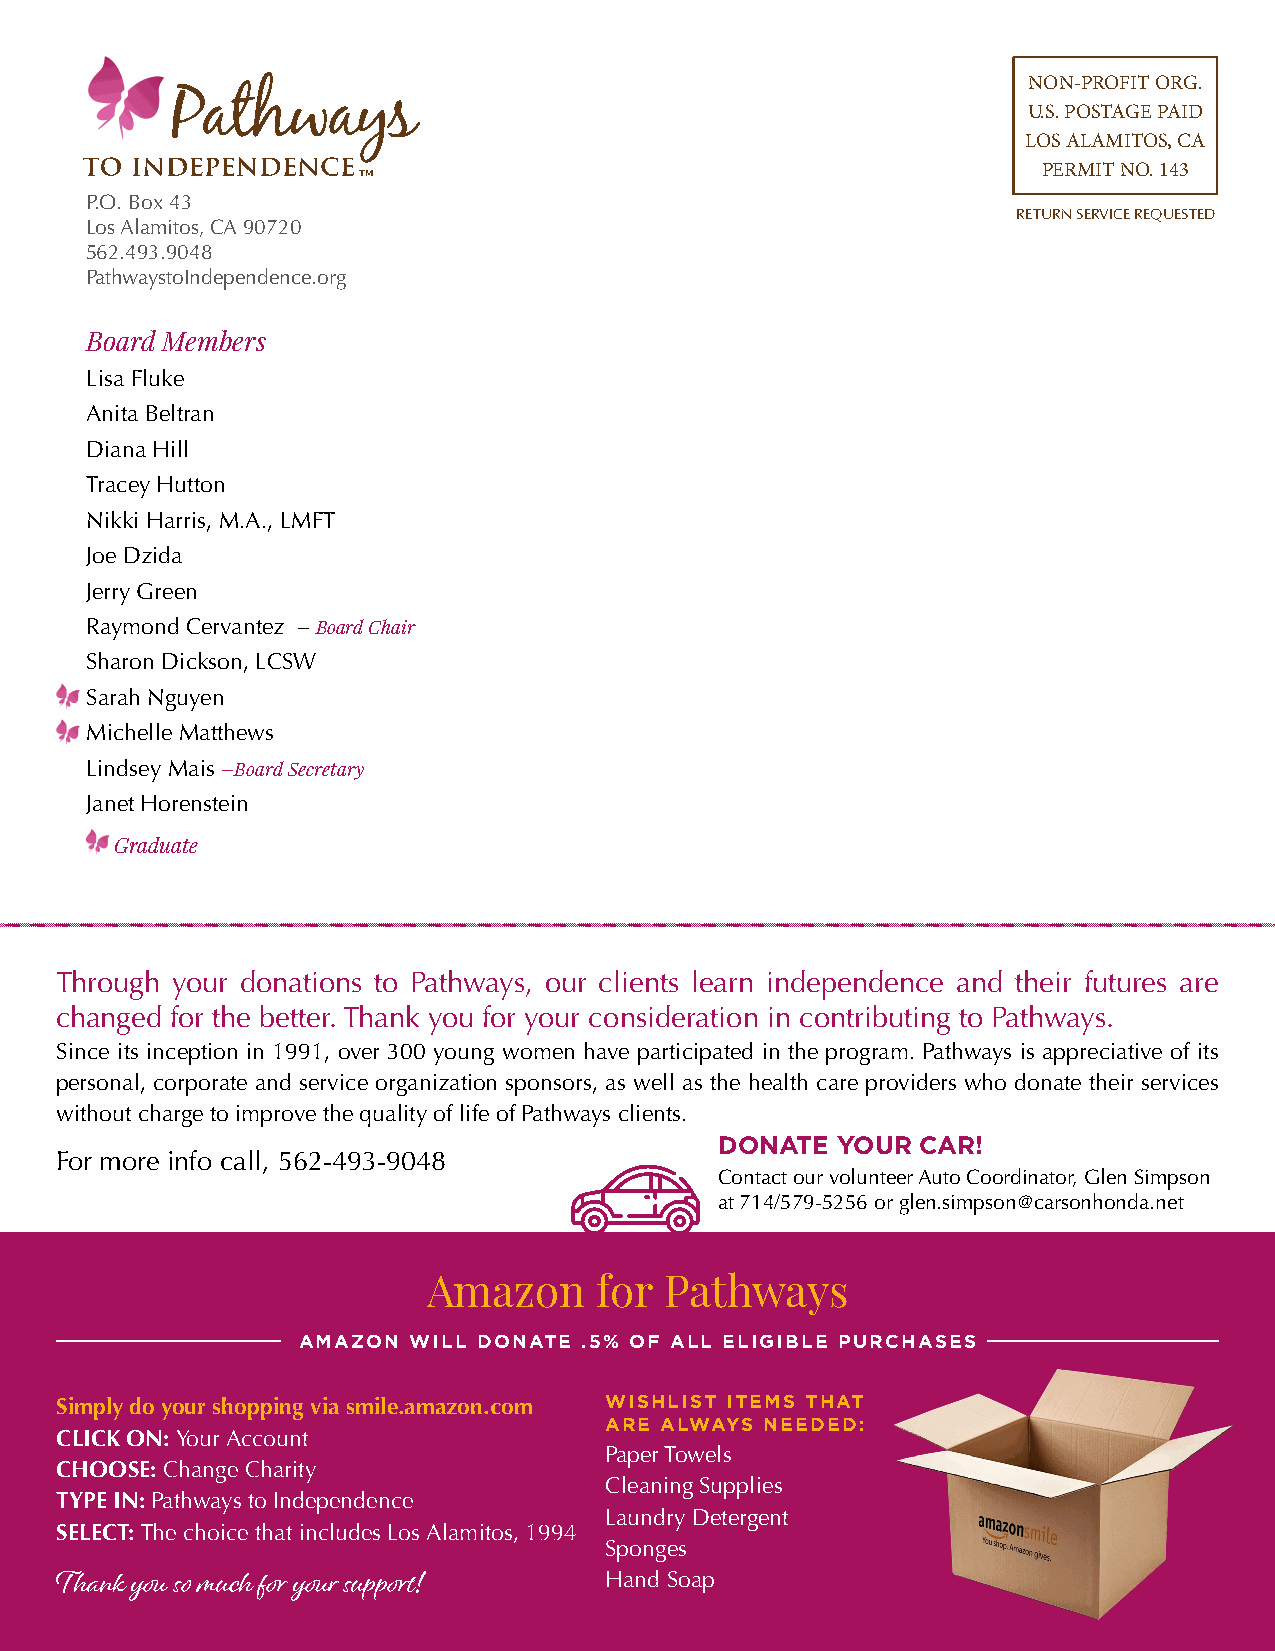
NON-PROFIT ORG.
 U.S. POSTAGE PAID
 LOS ALAMITOS, CA
 PERMIT NO. 143
 P.O. Box 43
 RETURN SERVICE REQUESTED
 Los Alamitos, CA 90720
 562.493.9048
 PathwaystoIndependence.org
 Board Members
 Lisa Fluke
 Anita Beltran
 Diana Hill
 Tracey Hutton
 Nikki Harris, M.A., LMFT
 Joe Dzida
 Jerry Green
 Raymond Cervantez – Board Chair
 Sharon Dickson, LCSW
 Sarah Nguyen
 Michelle Matthews
 Lindsey Mais –Board Secretary
 Janet Horenstein
 Graduate
 Through your donations to Pathways, our clients learn independence and their futures are
 changed for the better. Thank you for your consideration in contributing to Pathways.
 Since its inception in 1991, over 300 young women have participated in the program. Pathways is appreciative of its
 personal, corporate and service organization sponsors, as well as the health care providers who donate their services
 without charge to improve the quality of life of Pathways clients.
 DONATE YOUR  CAR!
 For more info call, 562-493-9048
 Contact our volunteer Auto Coordinator, Glen Simpson
 at 714/579-5256 or glen.simpson@carsonhonda.net
 Amazon      for Pathways
 AMAZON WILL DONATE .5% OF ALL ELIGIBLE PURCHASES
 Simply do your shopping via smile.amazon.com WISHLIST ITEMS THAT
 ARE ALWAYS NEEDED:
 CLICK ON: Your Account
 Paper Towels
 CHOOSE: Change Charity
 Cleaning Supplies
 TYPE IN: Pathways to Independence
 Laundry Detergent
 SELECT: The choice that includes Los Alamitos, 1994
 Sponges
 Hand Soap
 Thank you so much for your support!